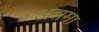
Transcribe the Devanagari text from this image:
अन्नमा